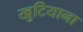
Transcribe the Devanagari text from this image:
खुटियाना